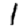
Digit: 1